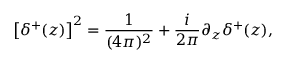
\left[ \delta ^ { + } ( z ) \right] ^ { 2 } = \frac { 1 } { ( 4 \pi ) ^ { 2 } } + \frac { i } { 2 \pi } \partial _ { z } \delta ^ { + } ( z ) ,